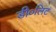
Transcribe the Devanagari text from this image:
डी०लिट